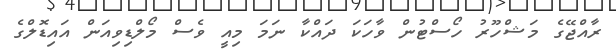
ރާއްޖޭގެ މަޝްހޫރު ހޯސްޓުން ވާހަކަ ދައްކާ ނަމަ މިއީ ވެސް މޯލްޑިވިއަން އައިޑޮލްގެ